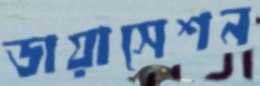
ডায়াসেশন